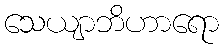
သေယျာဘိဟာရော